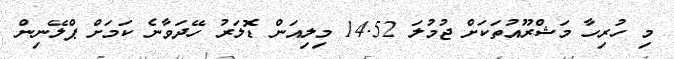
މި ހުރިހާ މަޝްރޫއުތަކަށް ޖުމުލަ 14.52 މިލިއަން ޑޮލަރު ހޭދަވާނެ ކަމަށް ޕްލޭނިން